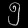
Digit: ၅